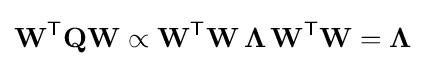
\mathbf {W} ^{\mathsf {T}}\mathbf {Q} \mathbf {W} \propto \mathbf {W} ^{\mathsf {T}}\mathbf {W} \,\mathbf {\Lambda } \,\mathbf {W} ^{\mathsf {T}}\mathbf {W} =\mathbf {\Lambda }